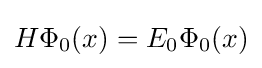
H\Phi _{0}(x)=E_{0}\Phi _{0}(x)